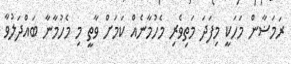
ރަމަޟާން މަހަކީ މިފަދަ މަތިވެރި މެހުމާނެއް ކަމަށް ވާތީ މި މެހުމާނާ ބައްދަލުވާ